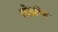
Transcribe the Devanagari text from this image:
घोडलेम